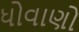
ધોવાણો